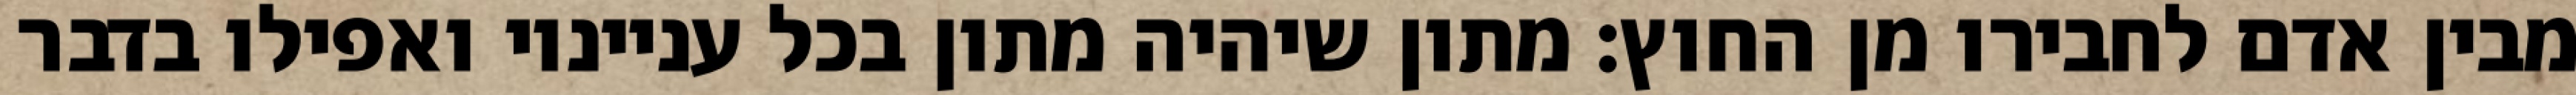
מבין אדם לחבירו מן החוץ: מתון שיהיה מתון בכל ענייניו ואפילו בדבר